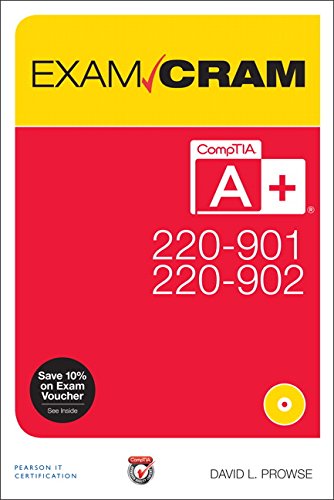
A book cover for CompTIA A+ 220-901 and 220-902 Exam Cram; David L. Prowse; Computers & Technology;